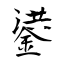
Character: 鍙